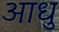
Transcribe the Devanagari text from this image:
आधु